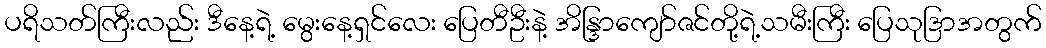
ပရိသတ်ကြီးလည်း ဒီနေ့ရဲ့ မွေးနေ့ရှင်လေး ပြေတီဦးနဲ့ အိန္ဒြာကျော်ဇင်တို့ရဲ့သမီးကြီး ပြေသုဒြာအတွက်